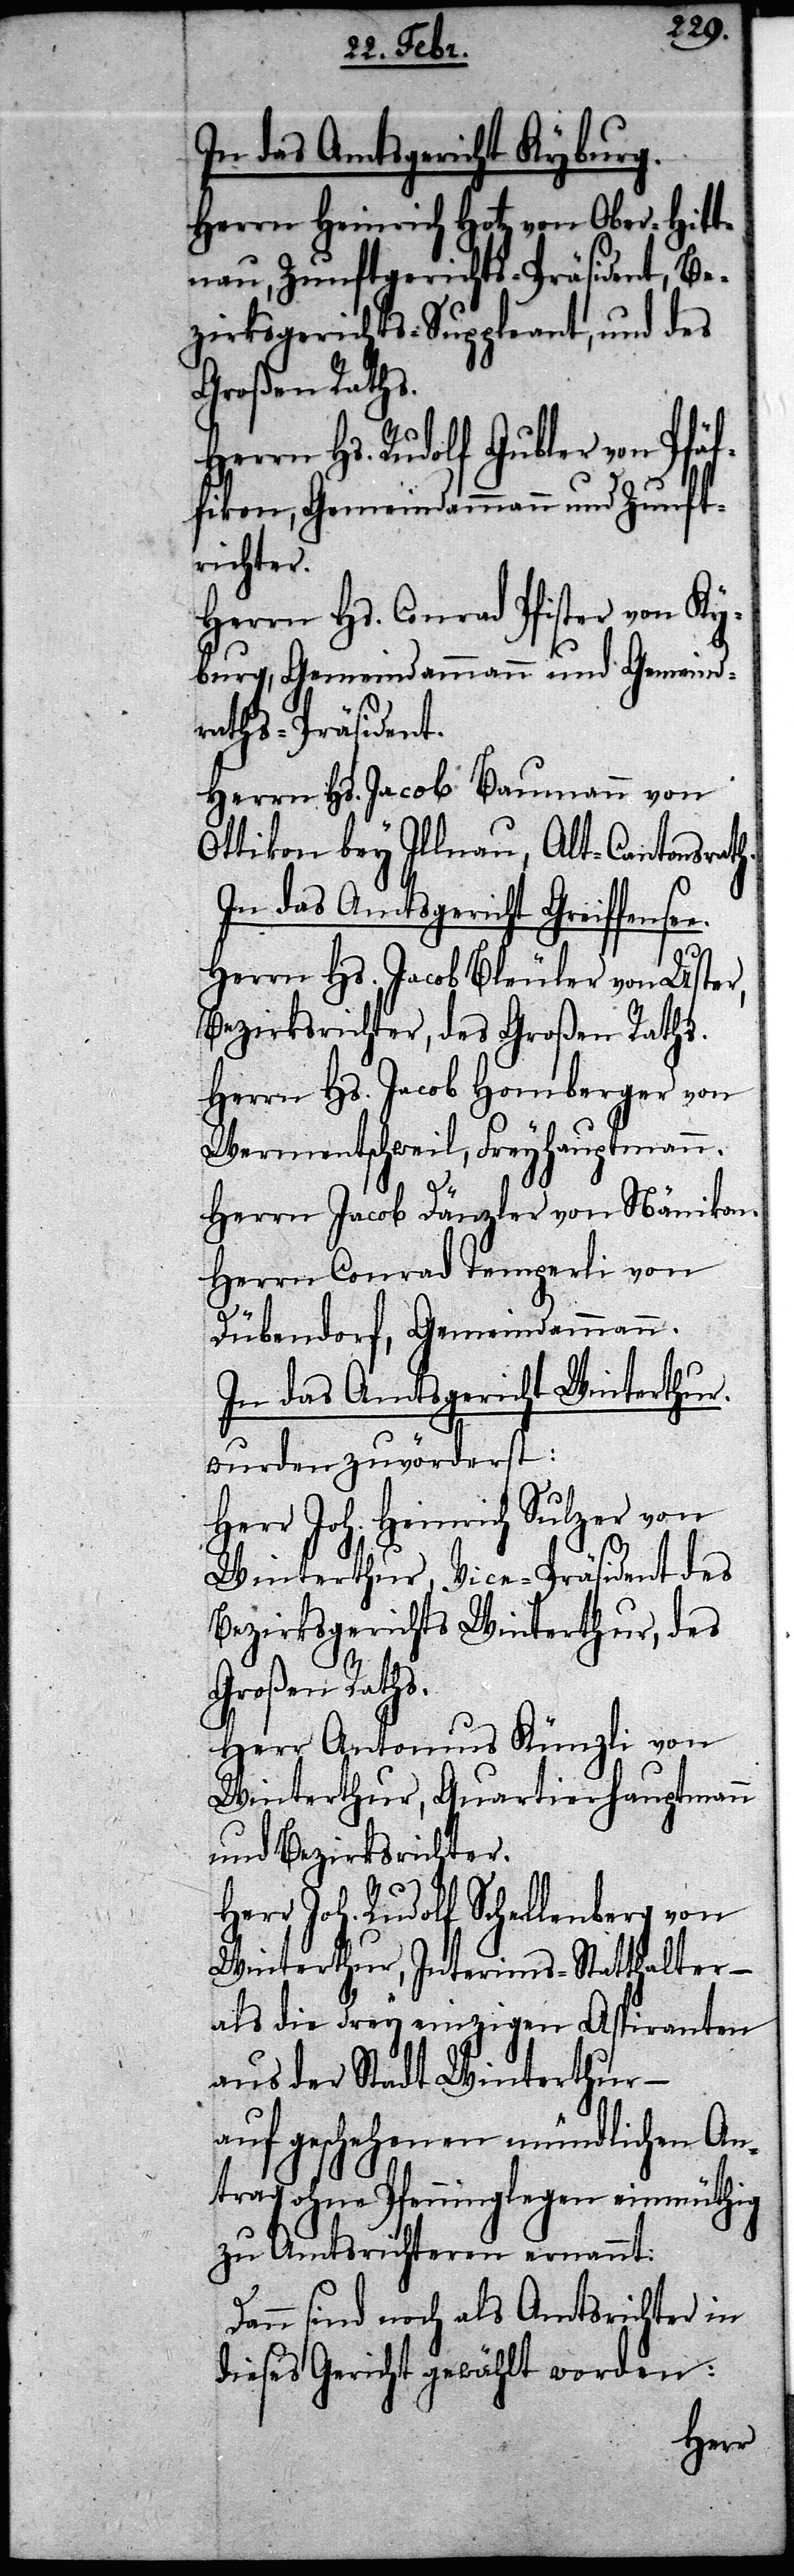
In das Amtsgericht Kyburg.
Herrn Heinrich Hotz von Ober-Hitt¬
nau, Zunftgerichts-Präsident, Be¬
zirksgerichts-Suppleant, und des
Großen Raths.
Herrn Hs. Rudolf Gubler von Pfäf¬
fikon, Gemeindammann und Zunft¬
richter.
Herrn Hs. Conrad Pfister von Ky¬
burg, Gemeindammann und Gemeind¬
raths-Präsident.
Herrn Hs. Jacob Baumann von
Ottikon bey Illnau, Alt-Cantonsrath.
In das Amtsgericht Greiffense¬
Herrn Hs. Jacob Bleuler von Uster,
Bezirksrichter, des Großen Raths.
Herrn Hs. Jacob Homberger von
Wermentschweil, Freyhauptmann.
Herrn Jacob Dänzler von Nänikon.
Herrn Conrad Temperli von
Dübendorf, Gemeindammann.
In das Amtsgericht Winterthur.
wurden zuvörderst:
Herr Joh. Heinrich Sulzer von
Winterthur, Vice-Präsident des
Bezirksgerichts Winterthur, des
Großen Raths.
Herr Antonius Künzli von
Winterthur, Quartierhauptmann
und Bezirksrichter.
Herr Joh. Rudolf Schellenberg von
Winterthur, Interims-Statthalter –
als die drey einzigen Aspiranten
aus der Stadt Winterthur –
auf geschehenen mündlichen An¬
trag ohne Pfenninglegen einmüthig
zu Amtsrichteren ernannt:
Dann sind noch als Amtsrichter in
dieses Gericht gewählt worden:
e.